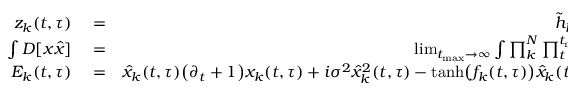
\begin{array} { r l r } { z _ { k } ( t , \tau ) } & { { } = } & { \tilde { h } _ { k } ( t ) + \sum _ { j ( j \neq k ) } J _ { k j } ( \tau ) x _ { j } ( t , \tau ) } \\ { \int D [ x \hat { x } ] } & { { } = } & { \operatorname* { l i m } _ { t _ { \mathrm { m a x } } \rightarrow \infty } \int \prod _ { k } ^ { N } \prod _ { t } ^ { t _ { \mathrm { m a x } } } \prod _ { \tau } ^ { T - 1 } d x _ { k } ( t , \tau ) d \hat { x } _ { k } ( t , \tau ) } \\ { E _ { k } ( t , \tau ) } & { { } = } & { \hat { x } _ { k } ( t , \tau ) \big ( \partial _ { t } + 1 \big ) x _ { k } ( t , \tau ) + i \sigma ^ { 2 } \hat { x } _ { k } ^ { 2 } ( t , \tau ) - \mathrm { t a n h } \big ( f _ { k } ( t , \tau ) \big ) \hat { x } _ { k } ( t , \tau ) + \hat { f } _ { k } ( t , \tau ) \big ( f _ { k } ( t , \tau ) - \tilde { h } _ { k } \big ) } \end{array}